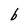
Character: b